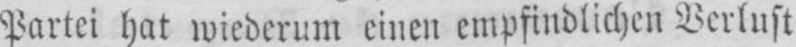
Partei hat wiederum einen empfindlichen Verlust